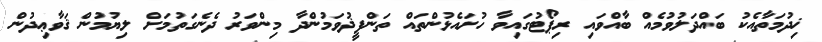
ޚިދުމަތާއެކު ބައްދަލުވުމެއް ބާއްވައި ރިޕޯޓުގައިވާ ހުށައެޅުންތައް ތަންފީޛުވަމުންދާ މިންވަރު ދެނެގަތުމަށް ލިޔުމުން ޤަވާޢިދުން